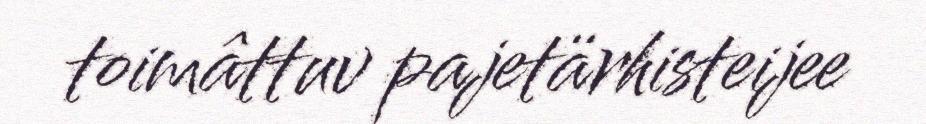
toimâttuv pajetärhisteijee